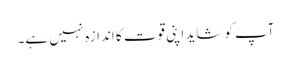
آپ کو شاید اپنی قوت کا اندازہ نہیں ہے۔